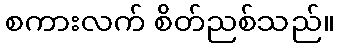
စကားလက် စိတ်ညစ်သည်။